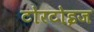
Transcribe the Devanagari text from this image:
टोरटोइज